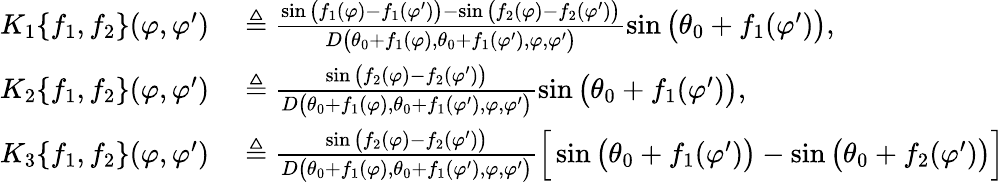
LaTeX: \begin{array}{rl}{K_{1}\{ f_{1},f_{2}\} (\varphi,\varphi^{\prime})}&{{}\triangleq\frac{\sin\big(f_{1}(\varphi)-f_{1}(\varphi^{\prime})\big)-\sin\big(f_{2}(\varphi)-f_{2}(\varphi^{\prime})\big)}{D\big(\theta_{0}+f_{1}(\varphi),\theta_{0}+f_{1}(\varphi^{\prime}),\varphi,\varphi^{\prime}\big)}\sin\big(\theta_{0}+f_{1}(\varphi^{\prime})\big),}\\ {K_{2}\{ f_{1},f_{2}\} (\varphi,\varphi^{\prime})}&{{}\triangleq\frac{\sin\big(f_{2}(\varphi)-f_{2}(\varphi^{\prime})\big)}{D\big(\theta_{0}+f_{1}(\varphi),\theta_{0}+f_{1}(\varphi^{\prime}),\varphi,\varphi^{\prime}\big)}\sin\big(\theta_{0}+f_{1}(\varphi^{\prime})\big),}\\ {K_{3}\{ f_{1},f_{2}\} (\varphi,\varphi^{\prime})}&{{}\triangleq\frac{\sin\big(f_{2}(\varphi)-f_{2}(\varphi^{\prime})\big)}{D\big(\theta_{0}+f_{1}(\varphi),\theta_{0}+f_{1}(\varphi^{\prime}),\varphi,\varphi^{\prime}\big)}\Big[\sin\big(\theta_{0}+f_{1}(\varphi^{\prime})\big)-\sin\big(\theta_{0}+f_{2}(\varphi^{\prime})\big)\Big]}\end{array}